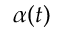
\alpha ( t )